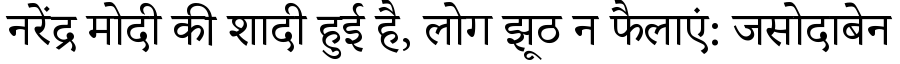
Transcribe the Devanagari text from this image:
नरेंद्र मोदी की शादी हुई है, लोग झूठ न फैलाएं: जसोदाबेन